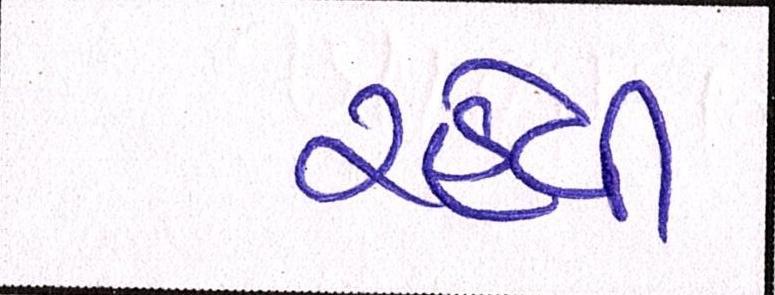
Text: રહેવી